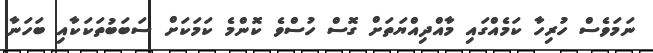
ނަމަވެސް ހުރިހާ ކަމެއްގައި މާއްދިއްޔަތަށް ގޮސް ހުސްވެ ކޮންމެ ކަމަކަށް ސަބަބުތަކަކާއި ބަހަނާ